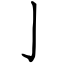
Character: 亅